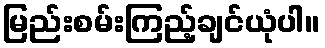
မြည်းစမ်းကြည့်ချင်ယုံပါ။